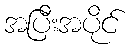
အပြီးအပိုင်